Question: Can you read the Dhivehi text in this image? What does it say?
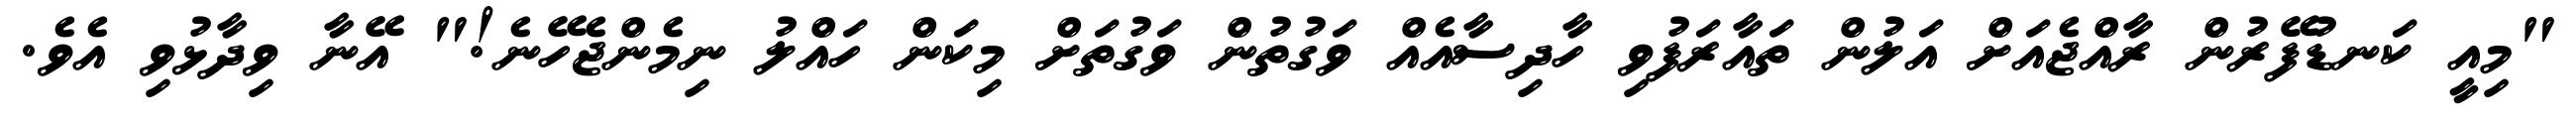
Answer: "މިއީ ކަނޑުފޭރުން ރާއްޖެއަށް އަލުން ތައާރަފުވި ހާދިސާއެއް ވަގުތުން ވަގުތަށް މިކަން ހައްލު ނިމެންޖެހޭނެ!" އޭނާ ވިދާޅުވި އެވެ.